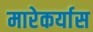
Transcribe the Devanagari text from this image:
मारेकर्यास